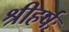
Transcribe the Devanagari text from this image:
श्रीहर्षः